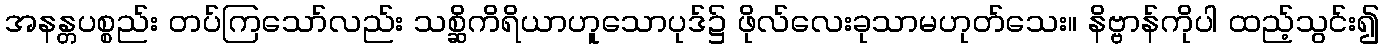
အနန္တပစ္စည်း တပ်ကြသော်လည်း သစ္ဆိကိရိယာဟူသောပုဒ်၌ ဖိုလ်လေးခုသာမဟုတ်သေး။ နိဗ္ဗာန်ကိုပါ ထည့်သွင်း၍